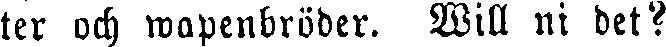
ter och wapenbröder. Will ni det?